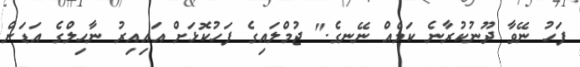
ފަހު ނޭވާ ދޫނުކުރާނެ ކަމެއް ނޭނގެ." ޖުމްލައިގެ ފަހުކޮޅަށް އައިއިރު ނާހިލްގެ އަޑަށް